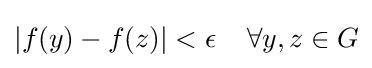
|f(y)-f(z)|<\epsilon \;\;\;\;\forall y,z\in G